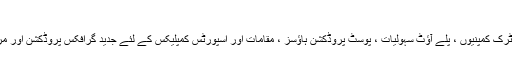
کے بارے میں پکسل پاور
پکسل پاور براڈکاسٹروں ، بیرونی نشریاتی ٹرک کمپنیوں ، پلے آؤٹ سہولیات ، پوسٹ پروڈکشن ہاؤسز ، مقامات اور اسپورٹس کمپلیکس کے لئے جدید گرافکس پروڈکشن اور مربوط پلے آؤٹ ڈیلیوری سسٹم مہیا کرتا ہے۔